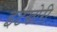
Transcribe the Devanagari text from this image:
इटखोरी